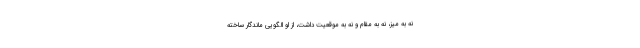
نه به میز، نه به مقام و نه به موقعیت داشت، از او الگویی ماندگار ساخته